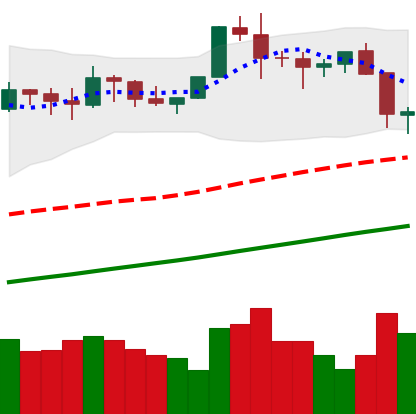
Ticker: BTC-USD
Chart end date: 2021-11-17
Forward return: -6.756%
Label: down_5_7